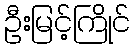
ဦးမြင့်ကြိုင်